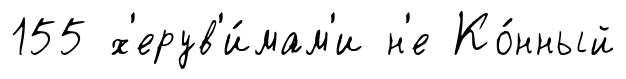
155 х'ерув'и́мам'и н'е Ко́нный